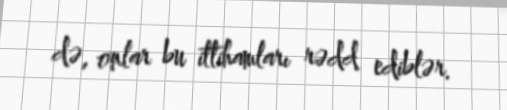
də, onlar bu ittihamları rədd ediblər.